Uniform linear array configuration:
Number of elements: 48
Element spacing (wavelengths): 0.25
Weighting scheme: blackman
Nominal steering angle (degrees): -15
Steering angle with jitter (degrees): -16.565
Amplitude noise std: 0.05
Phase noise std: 0.05

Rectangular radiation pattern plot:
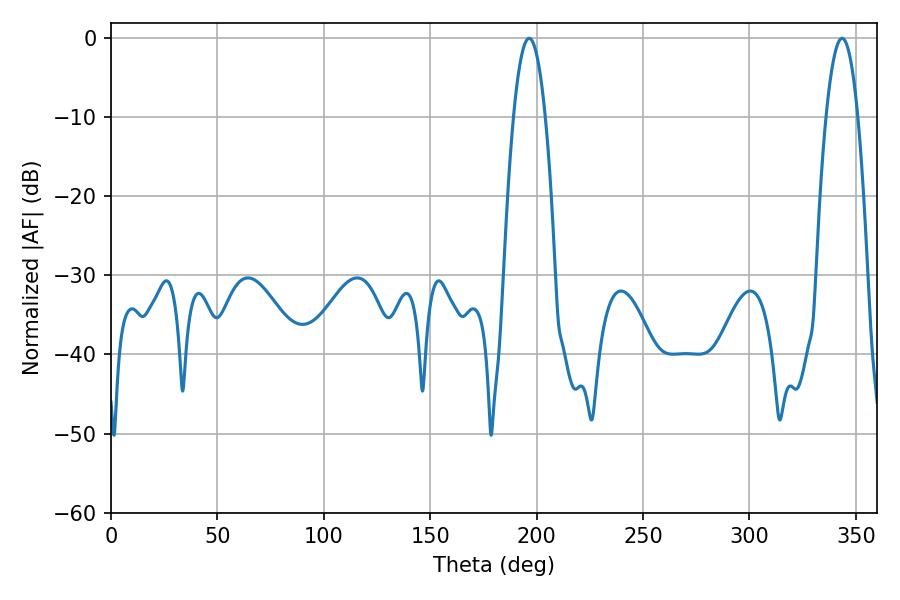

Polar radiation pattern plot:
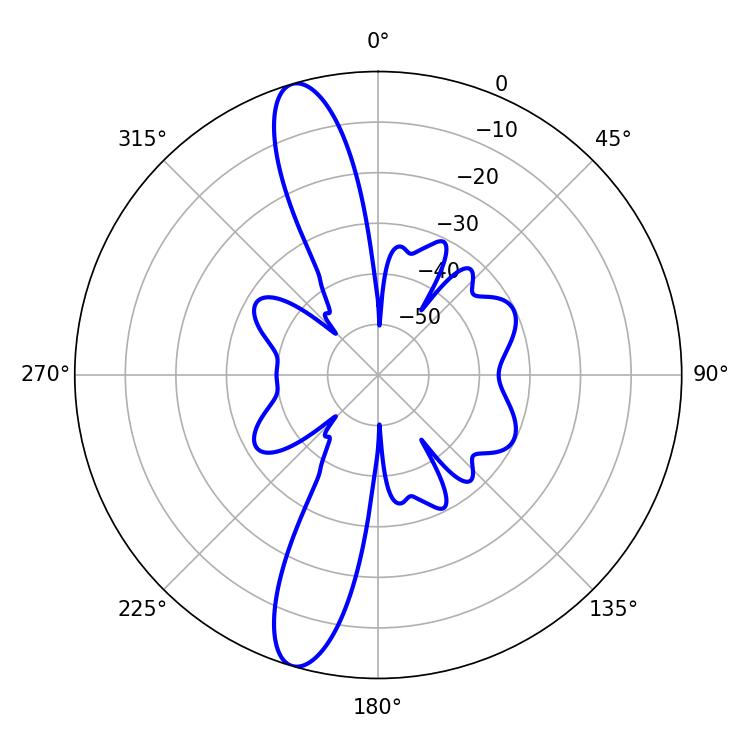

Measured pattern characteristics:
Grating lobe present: FALSE
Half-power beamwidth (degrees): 8.28
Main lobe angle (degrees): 196.56